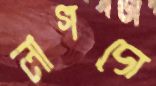
লাগদো